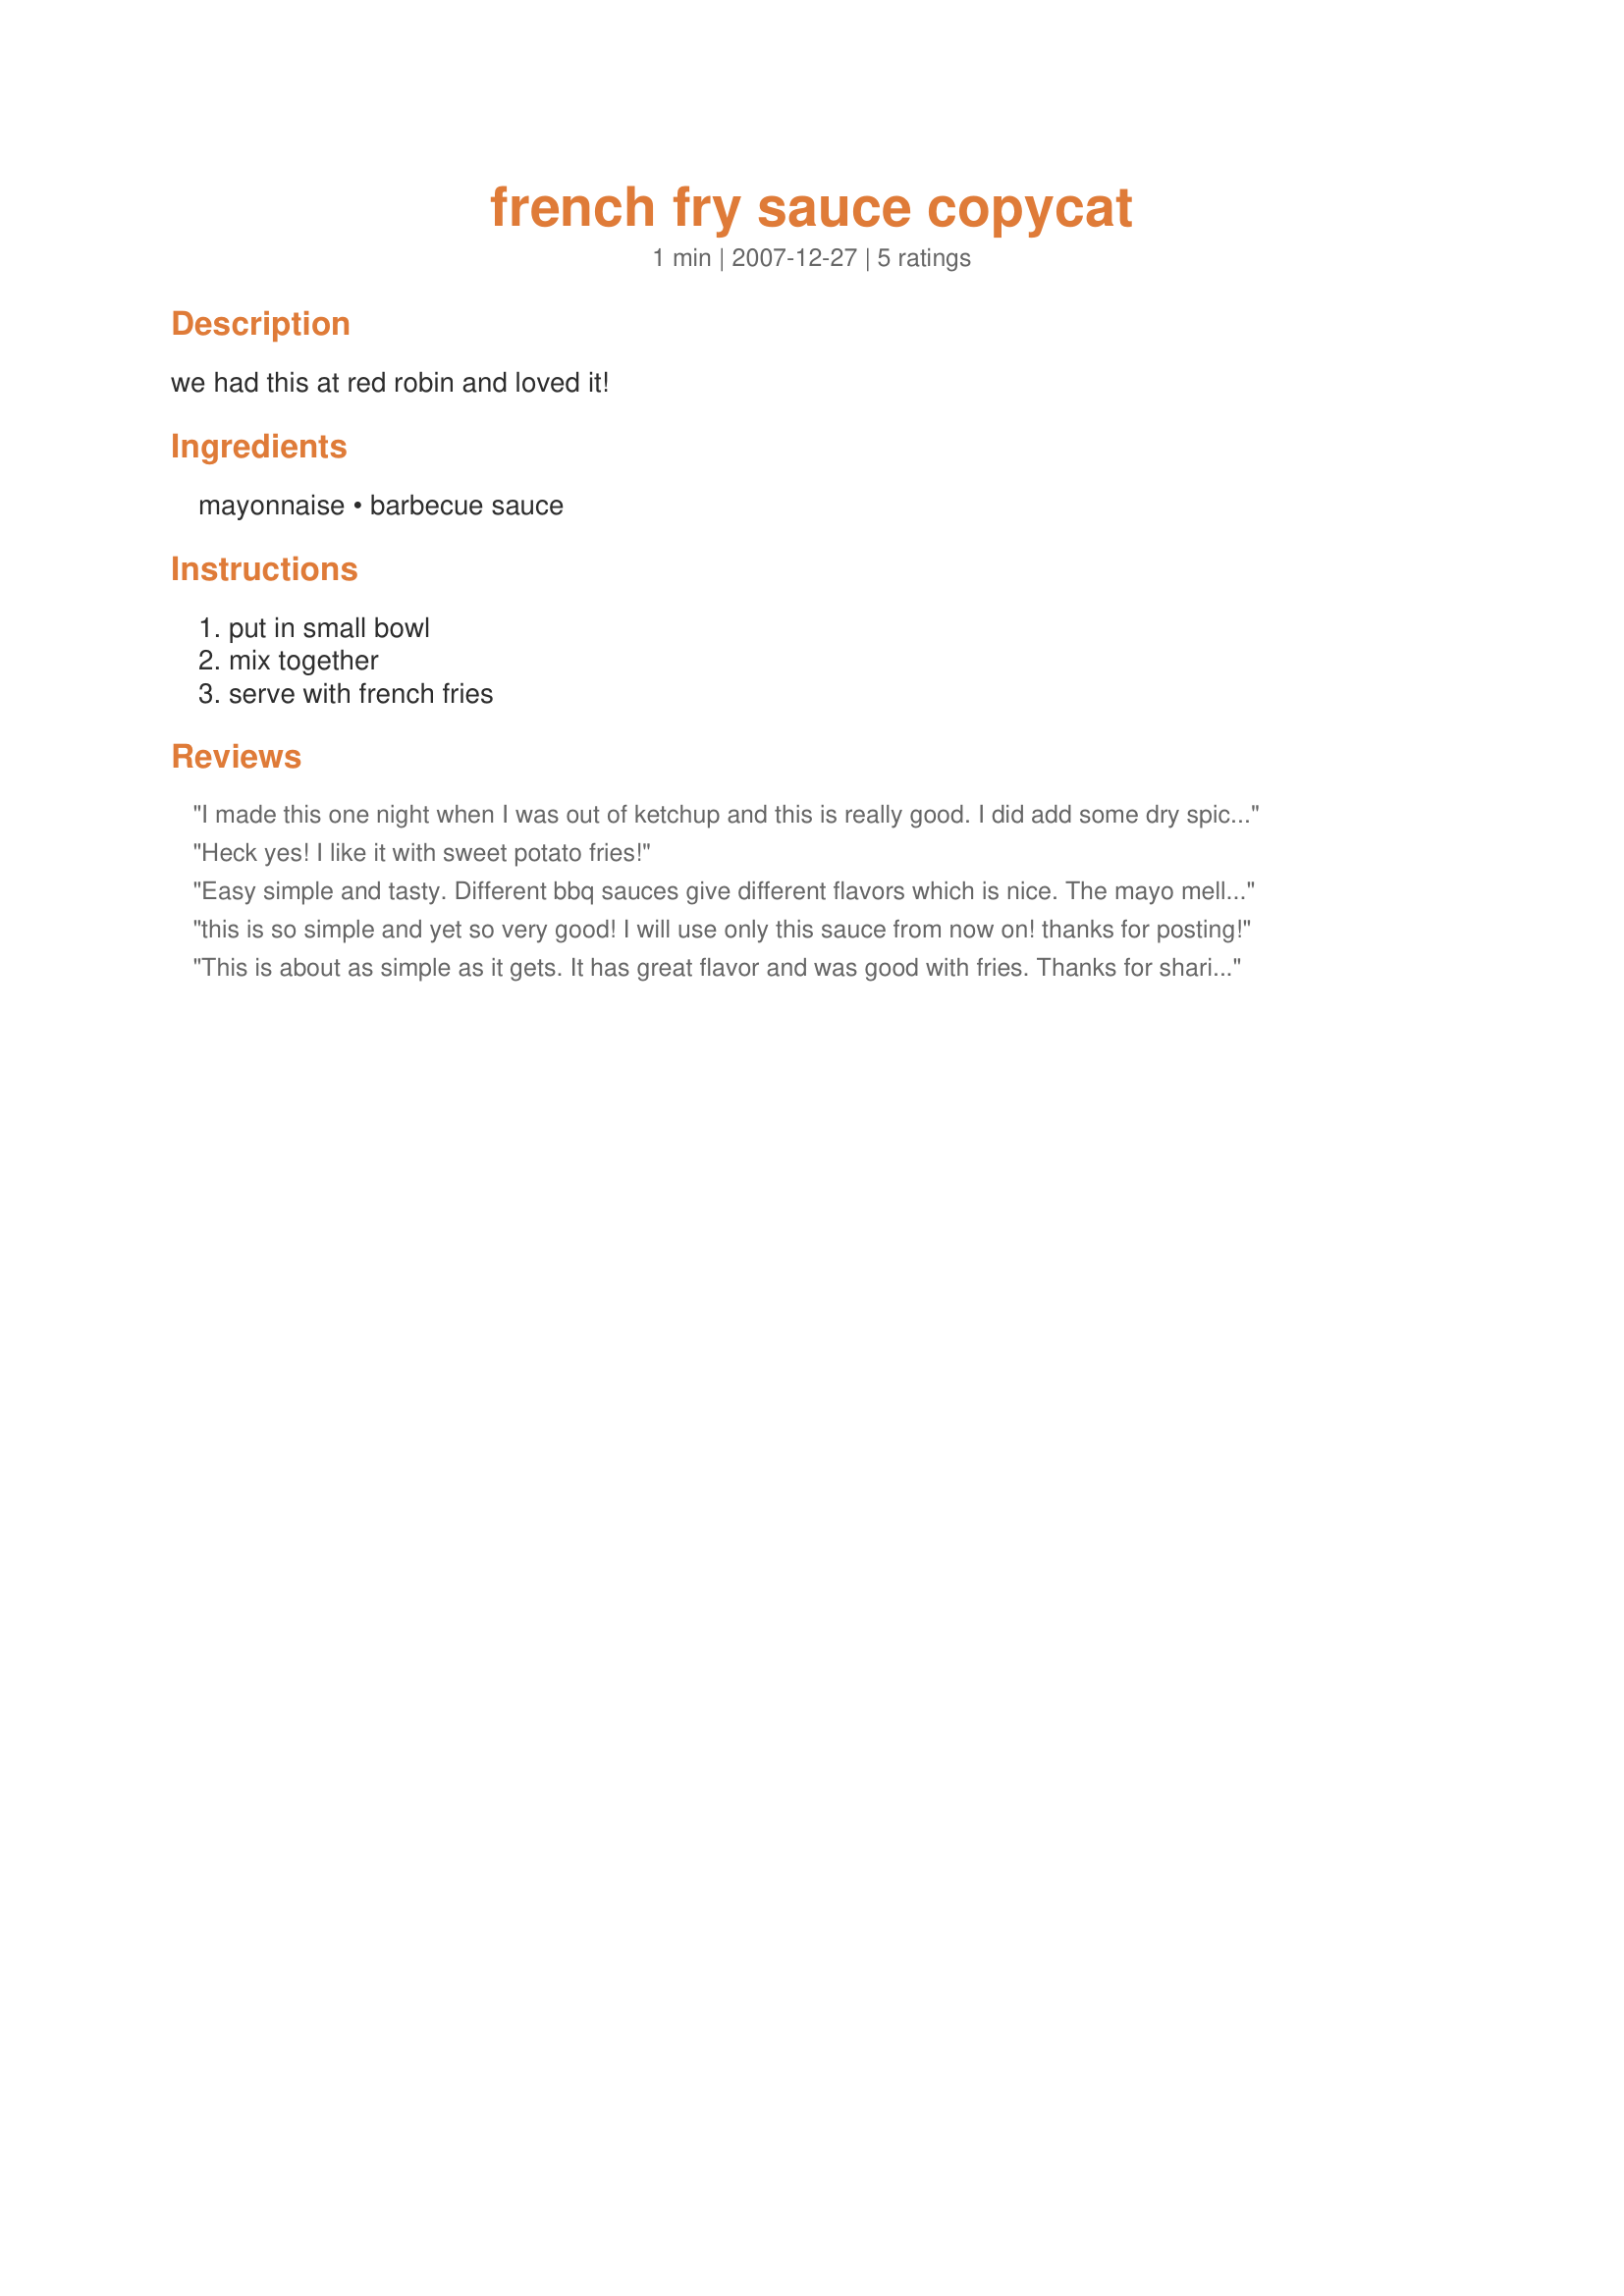
french fry sauce copycat
Preparation time: 1 minutes

we had this at red robin and loved it!

Ingredients:
mayonnaise, barbecue sauce

Steps:
put in small bowl, mix together, serve with french fries

Reviews:
I made this one night when I was out of ketchup and this is really good. I did add some dry spices (garlic and onion). Thanks!
Heck yes! I like it with sweet potato fries!
Easy simple and tasty. Different bbq sauces give different flavors which is nice. The mayo mellows out the flavor of the bbq sauce. Used with chicken strips.
this is so simple and yet so very good! I will use only this sauce from now on!
thanks for posting!
This is about as simple as it gets. It has great flavor and was good with fries. Thanks for sharing. Made for Think Pink tag.
